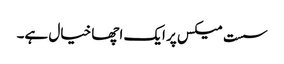
سست میکس پر ایک اچھا خیال ہے۔